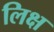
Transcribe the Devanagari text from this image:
लिक्ष